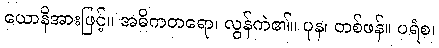
ယောနိအားဖြင့်။ အဓိကတရော၊ လွန်ကဲ၏။ ပုန၊ တစ်ဖန်။ ပရံစ၊